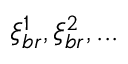
\xi _ { b r } ^ { 1 } , \xi _ { b r } ^ { 2 } , . . .